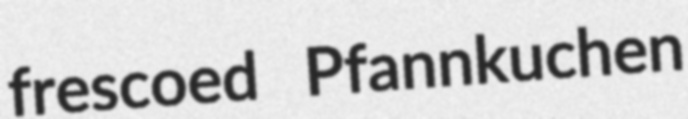
frescoed Pfannkuchen